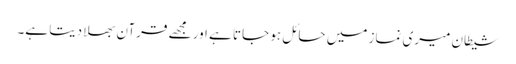
شیطان میری نماز میں حائل ہو جاتا ہے اور مجھے قرآن بھلا دیتا ہے۔